Report on the Nagpur School of Medicine, Central Provinces
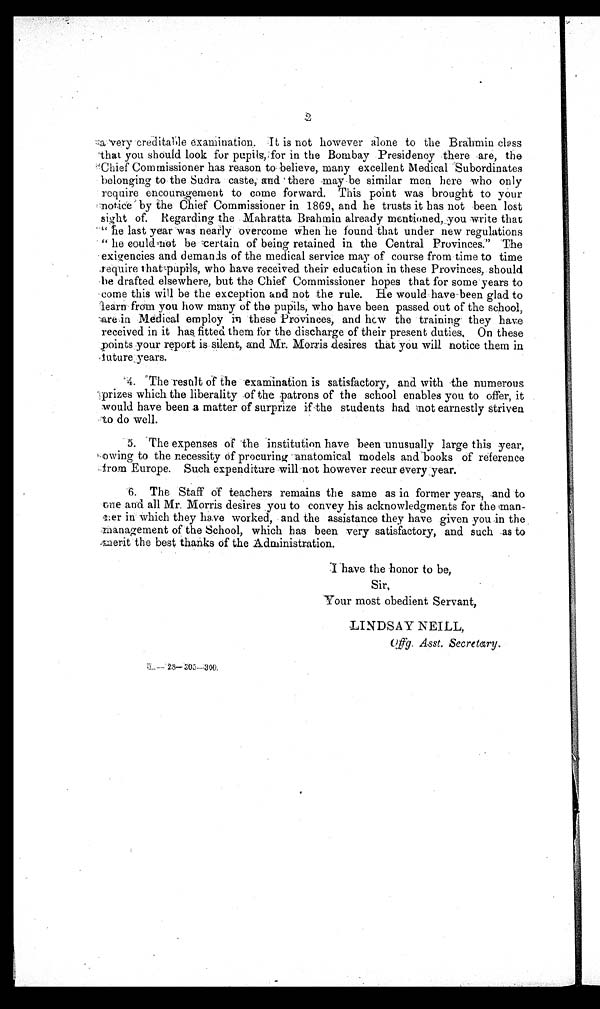
a very creditable examination. It is not however alone to the Brahmin class
that you should look for pupils, for in the Bombay Presidency there are, the
Chief Commissioner has reason to-believe, many excellent Medical Subordinates
belonging to the Sudra caste, and there may be similar men here who only
require encouragement to come forward. This point was brought to your
notice by the Chief Commissioner in 1869, and he trusts it has not been lost
sight of. Regarding the Mahratta Brahmin already mentioned, you write that
"he last year was nearly overcome when he found that under new regulations
"he could not be certain of being retained in the Central Provinces." The
exigencies and demands of the medical service may of course from time to time
require that pupils, who have received their education in these Provinces, should
be drafted elsewhere, but the Chief Commissioner hopes that for some years to
come this will be the exception and not the rule. He would have been glad to
learn from you how many of the pupils, who have been passed out of the school,
are in Medical employ in these Provinces, and how the training . they have
received in it has fitted them for the discharge of their present duties. On these
points your report is silent, and Mr. Morris desires that you will notice them in
future years.
4. The result of the examination is satisfactory, and with the numerous
prizes which the liberality of the patrons of the school enables you to offer, it
would have been a matter of surprize if the students had not earnestly Striven
to do well.
5. The expenses of the institution have been unusually large this year,
owing to the necessity of procuring anatomical models and books of reference
from Europe. Such expenditure will not however recur every year.
6. The Staff of teachers remains the same as in former years, and to
one and all Mr. Morris desires you to convey his acknowledgments for the
m a n - n e r i n w h i c h t h e y h a v e w o r k e d , a n d t h e a s s i s t a n c e t h e y h a v e g i v e n y o u i n t h e
management of the School, which has been very satisfactory, and such as to
merit the best thanks of the Administration.
Sir,
Your most obedient Servant,
LINDSAY NEILL,